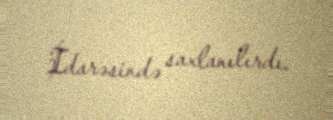
İdarəsində saxlanılırdı.